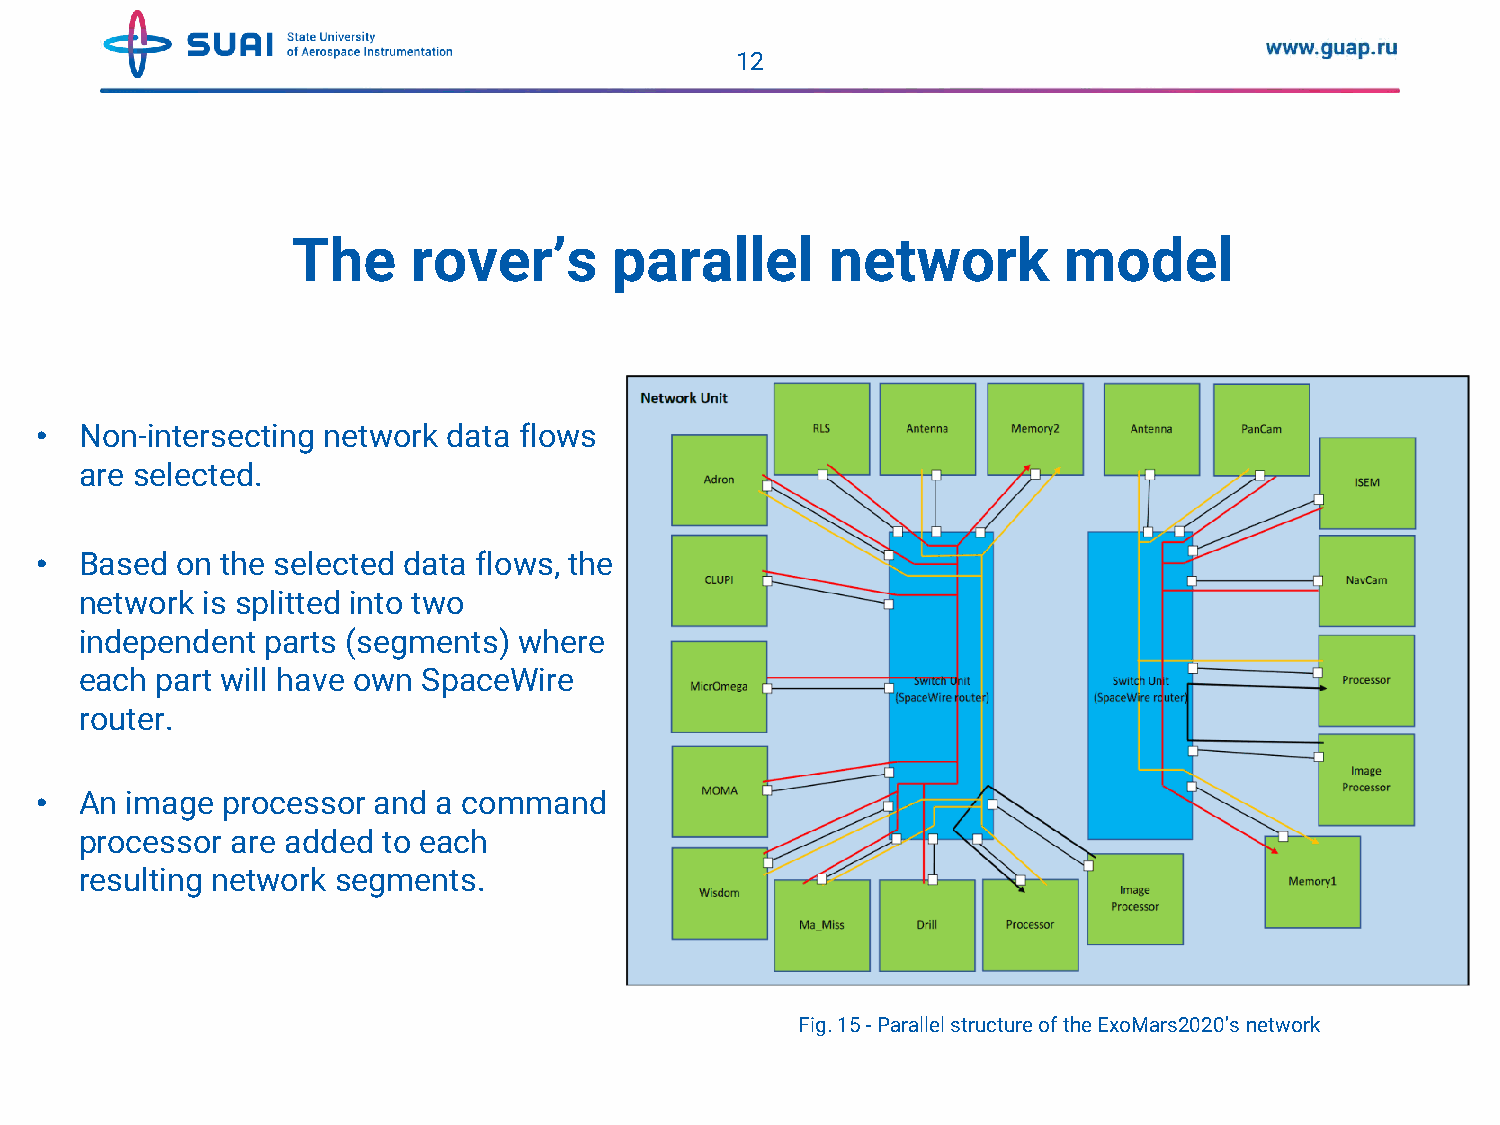
12
 The     rover’s       parallel      network        model
 •  Non-intersecting network data flows
 are selected.
 •  Based  on the selected data flows, the
 network is splitted into two
 independent  parts (segments) where
 each part will have own SpaceWire
 router.
 •  An image  processor and a command
 processor are added to each
 resulting network segments.
 Fig. 15 -Parallel structure of the ExoMars2020’s network